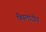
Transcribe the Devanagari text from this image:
पैपलादीय